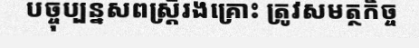
បច្ចុប្បន្នសពស្ត្រីរងគ្រោះ ត្រូវសមត្ថកិច្ច